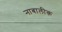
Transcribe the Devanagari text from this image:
नाबालीक